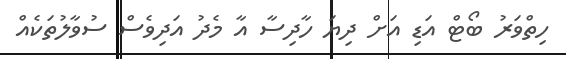
ހިތްވަރު ބޯޓް އަޑި އަށް ދިޔަ ހާދިސާ އާ މެދު އަދިވެސް ސުވާލުތަކެއް